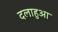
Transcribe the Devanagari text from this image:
दलाहुआ